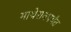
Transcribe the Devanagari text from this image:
माथेरानपर्यंत